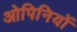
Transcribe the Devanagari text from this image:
ओपिनियों